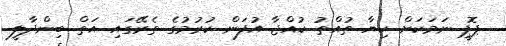
ޕޮޕީ ނަމަކަށް ކިޔާ ތުއްތު ކުއްޖާ އުފަން ކުރުމުގެ ތެރޭގައި އަތް ބިންދާލީ